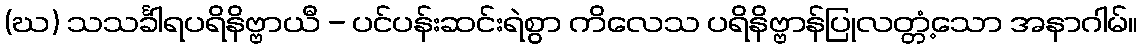
(ဃ) သသင်္ခါရပရိနိဗ္ဗာယီ - ပင်ပန်းဆင်းရဲစွာ ကိလေသ ပရိနိဗ္ဗာန်ပြုလတ္တံ့သော အနာဂါမ်။